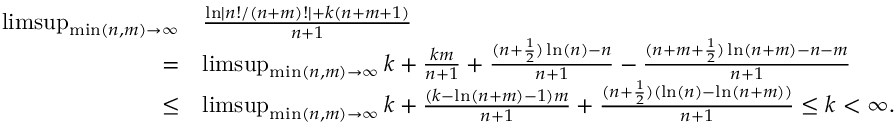
\begin{array} { r l } { \operatorname* { l i m s u p } _ { \operatorname* { m i n } ( n , m ) \to \infty } } & { \frac { \ln \left| n ! / ( n + m ) ! \right| + k ( n + m + 1 ) } { n + 1 } } \\ { = } & { \operatorname* { l i m s u p } _ { \operatorname* { m i n } ( n , m ) \to \infty } k + \frac { k m } { n + 1 } + \frac { ( n + \frac { 1 } { 2 } ) \ln ( n ) - n } { n + 1 } - \frac { ( n + m + \frac { 1 } { 2 } ) \ln ( n + m ) - n - m } { n + 1 } } \\ { \leq } & { \operatorname* { l i m s u p } _ { \operatorname* { m i n } ( n , m ) \to \infty } k + \frac { ( k - \ln ( n + m ) - 1 ) m } { n + 1 } + \frac { ( n + \frac { 1 } { 2 } ) ( \ln ( n ) - \ln ( n + m ) ) } { n + 1 } \leq k < \infty . } \end{array}